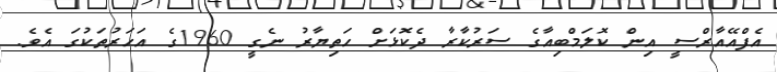
އެފްއޭއާރްސީ އިން ކޮލަމްބިއާގެ ސަރުކާރާ ދެކޮޅަށް ހަތިޔާރު ނެގީ 1960ގެ އަހަރުތަކުގަ އެވެ.